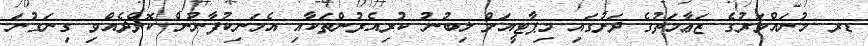
ޑރ މުނައްވަރުގެ ޒަޢާމަތުގެ ދަށުގައި މިޕާޓީއަށް ލިބުނު ކުރިއެރުންތަކާއި އެމަނިކުފާނުން ކޮށްދެއްވި ގިނަގުނަ